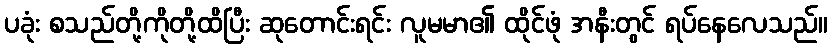
ပခုံး စသည်တို့ကိုတို့ထိပြီး ဆုတောင်းရင်း လူမမာ၏ ထိုင်ဖုံ အနီးတွင် ရပ်နေလေသည်။